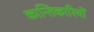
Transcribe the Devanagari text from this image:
कान्तिकारियों